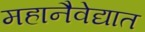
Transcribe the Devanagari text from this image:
महानैवेद्यात